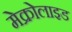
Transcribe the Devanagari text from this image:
मेक्रोलाइड